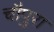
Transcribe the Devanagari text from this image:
चौपुरा